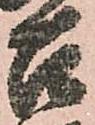
召